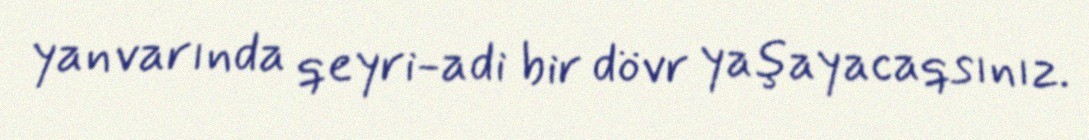
yanvarında qeyri-adi bir dövr yaşayacaqsınız.